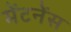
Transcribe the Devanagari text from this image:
मेंटनेंस